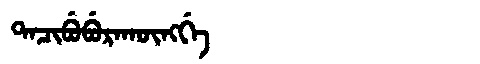
Manchu: ᡨᠠᠴᡳᠪᡠᠪᡠᡵᠠᡴᡡᠩᡤᡝ
Romanization: TACIBUBURAKŪNGGE